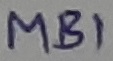
Text: MB1